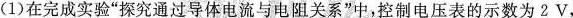
(1)在完成实验”探究通过导体电流与电阻关系”中，控制电压表的示数为2V，